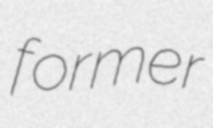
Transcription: former